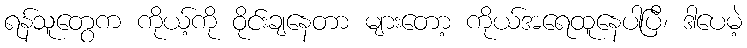
ရန်သူတွေက ကိုယ့်ကို ဝိုင်းချနေတာ များတော့ ကိုယ်အရေထူနေပါပြီ၊ ဒါပေမဲ့